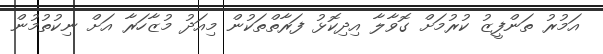
އަމުރު ތަންފީޒު ކުރުމަށް ގޮވާލާ އިދިކޮޅު ފަރާތްތަކުން މިއަދު މުޒާހަރާ އަށް ނިކުތުމުން